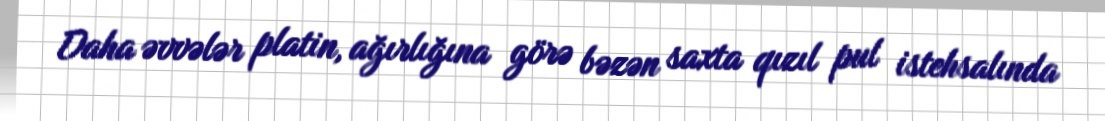
Daha əvvələr platin, ağırlığına görə bəzən saxta qızıl pul istehsalında